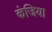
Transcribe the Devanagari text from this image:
कंजिया